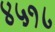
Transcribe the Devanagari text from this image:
४५१८